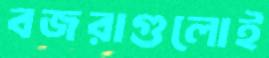
বজরাগুলোই